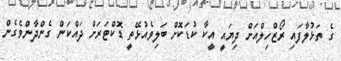
ގެ ތަޅުލާފައި ރޯޒްހިލްއަށް ދިޔައީ އީކާ ކުޑަކޮށް ބަލިވެއުޅޭތީ ޑޮކްޓަރަށް ދައްކަން ގެންދާންވެގެން